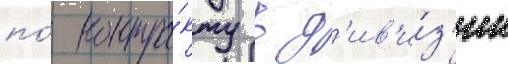
по́ контра́кту в д'ив'и́з'ии